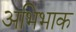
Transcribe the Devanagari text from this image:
अभिभाक